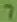
Text: 7